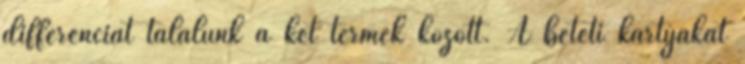
differenciát találunk a két termék között. A betéti kártyákat